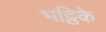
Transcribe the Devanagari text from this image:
भट्ठिके